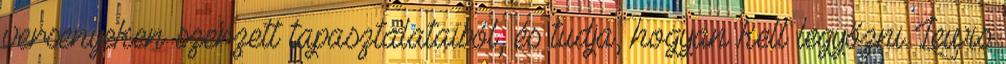
versenyeken szerzett tapasztalataiból, és tudja, hogyan kell legyőzni Lewis